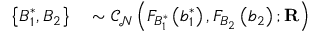
\begin{array} { r l } { \left\{ B _ { 1 } ^ { \ast } , B _ { 2 } \right\} } & { { } \sim \mathcal { C } _ { \mathcal { N } } \left( F _ { B _ { 1 } ^ { \ast } } \left( b _ { 1 } ^ { \ast } \right) , F _ { B _ { 2 } } \left( b _ { 2 } \right) ; \mathbf { R } \right) } \end{array}